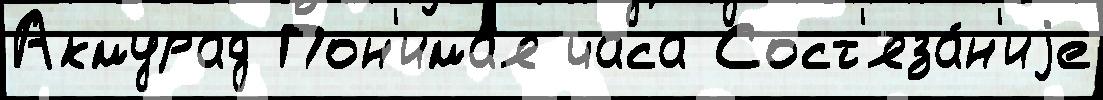
Акмурад Пон'има́я часа Сост'яза́н'иjе